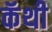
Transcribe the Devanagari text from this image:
कॅथी